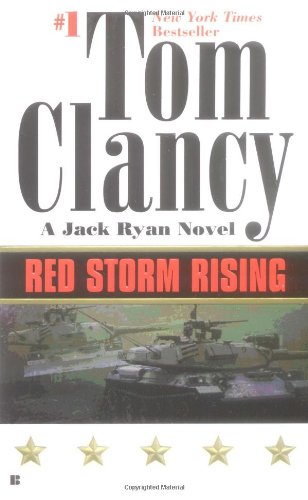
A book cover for Red Storm Rising; Tom Clancy; Mystery, Thriller & Suspense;